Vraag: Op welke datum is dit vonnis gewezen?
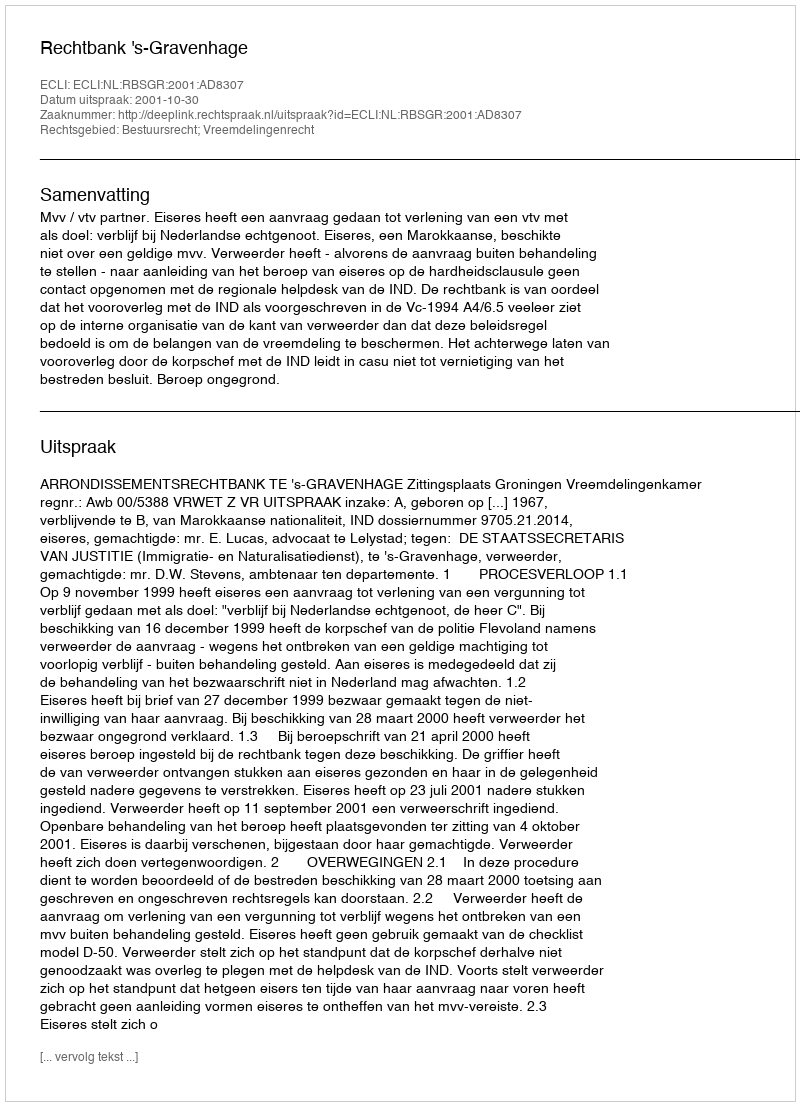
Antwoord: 2001-10-30